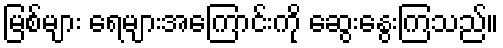
မြစ်များ ရေများအကြောင်းကို ဆွေးနွေးကြသည်။